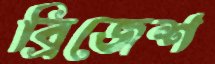
ব্রিজেশ